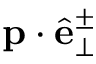
\mathbf { p } \cdot \hat { \mathbf { e } } _ { \perp } ^ { \pm }